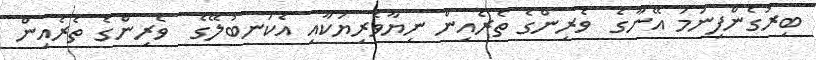
ބިރުގެންފިނަމަ އޭނާގެ  ވެރިންގެ ތެރެއިން ނިޔާވެރިޔަކާއި އެކަނބުލޭގެ  ވެރިންގެ ތެރެއިން